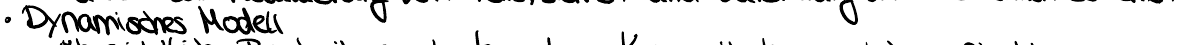
Dynamisches Modell